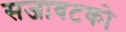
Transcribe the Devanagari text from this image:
सजावटको